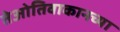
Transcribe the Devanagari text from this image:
तेओतिवाकानच्या